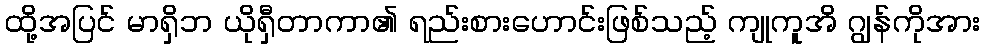
ထို့အပြင် မာရှိဘ ယိုရှီတာကာ၏ ရည်းစားဟောင်းဖြစ်သည့် ကျုကူအိ ဂျွန်ကိုအား